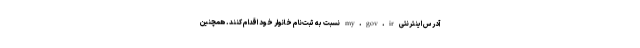
آدرس اینترنتی my.gov.ir نسبت به ثبت‌نام خانوار خود اقدام کنند. همچنین